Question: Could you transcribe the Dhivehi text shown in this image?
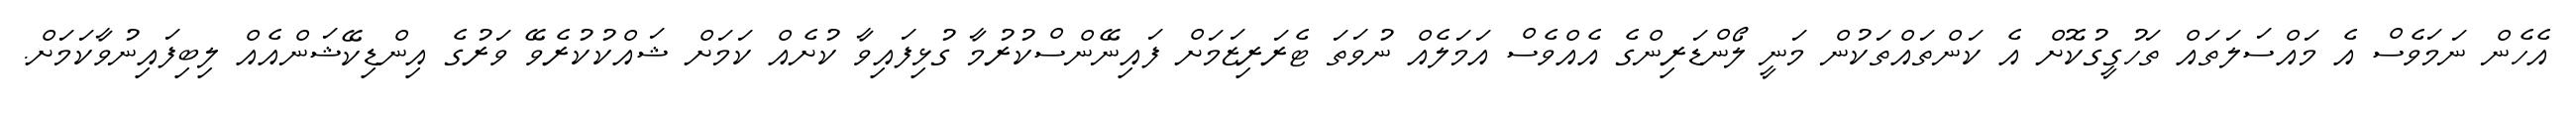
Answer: އެހެން ނަމަވެސް އެ މައްސަލަތައް ތަހުގީގުކޮށް އެ ކަންތައްތަކުން މަނީ ލޯންޑަރިންގެ އެއްވެސް އަމަލެއް ނުވަތަ ޓެރަރިޒަމަށް ފައިނޭންސްކުރުމާ ގުޅިފައިވާ ކުށެއް ކަމަށް ޝައްކުކުރެވޭ ވަރުގެ އިންޑިކޭޝަންއެއް ލިބިފައިނުވާކަމަށް.